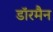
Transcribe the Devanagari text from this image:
डॉरमैन